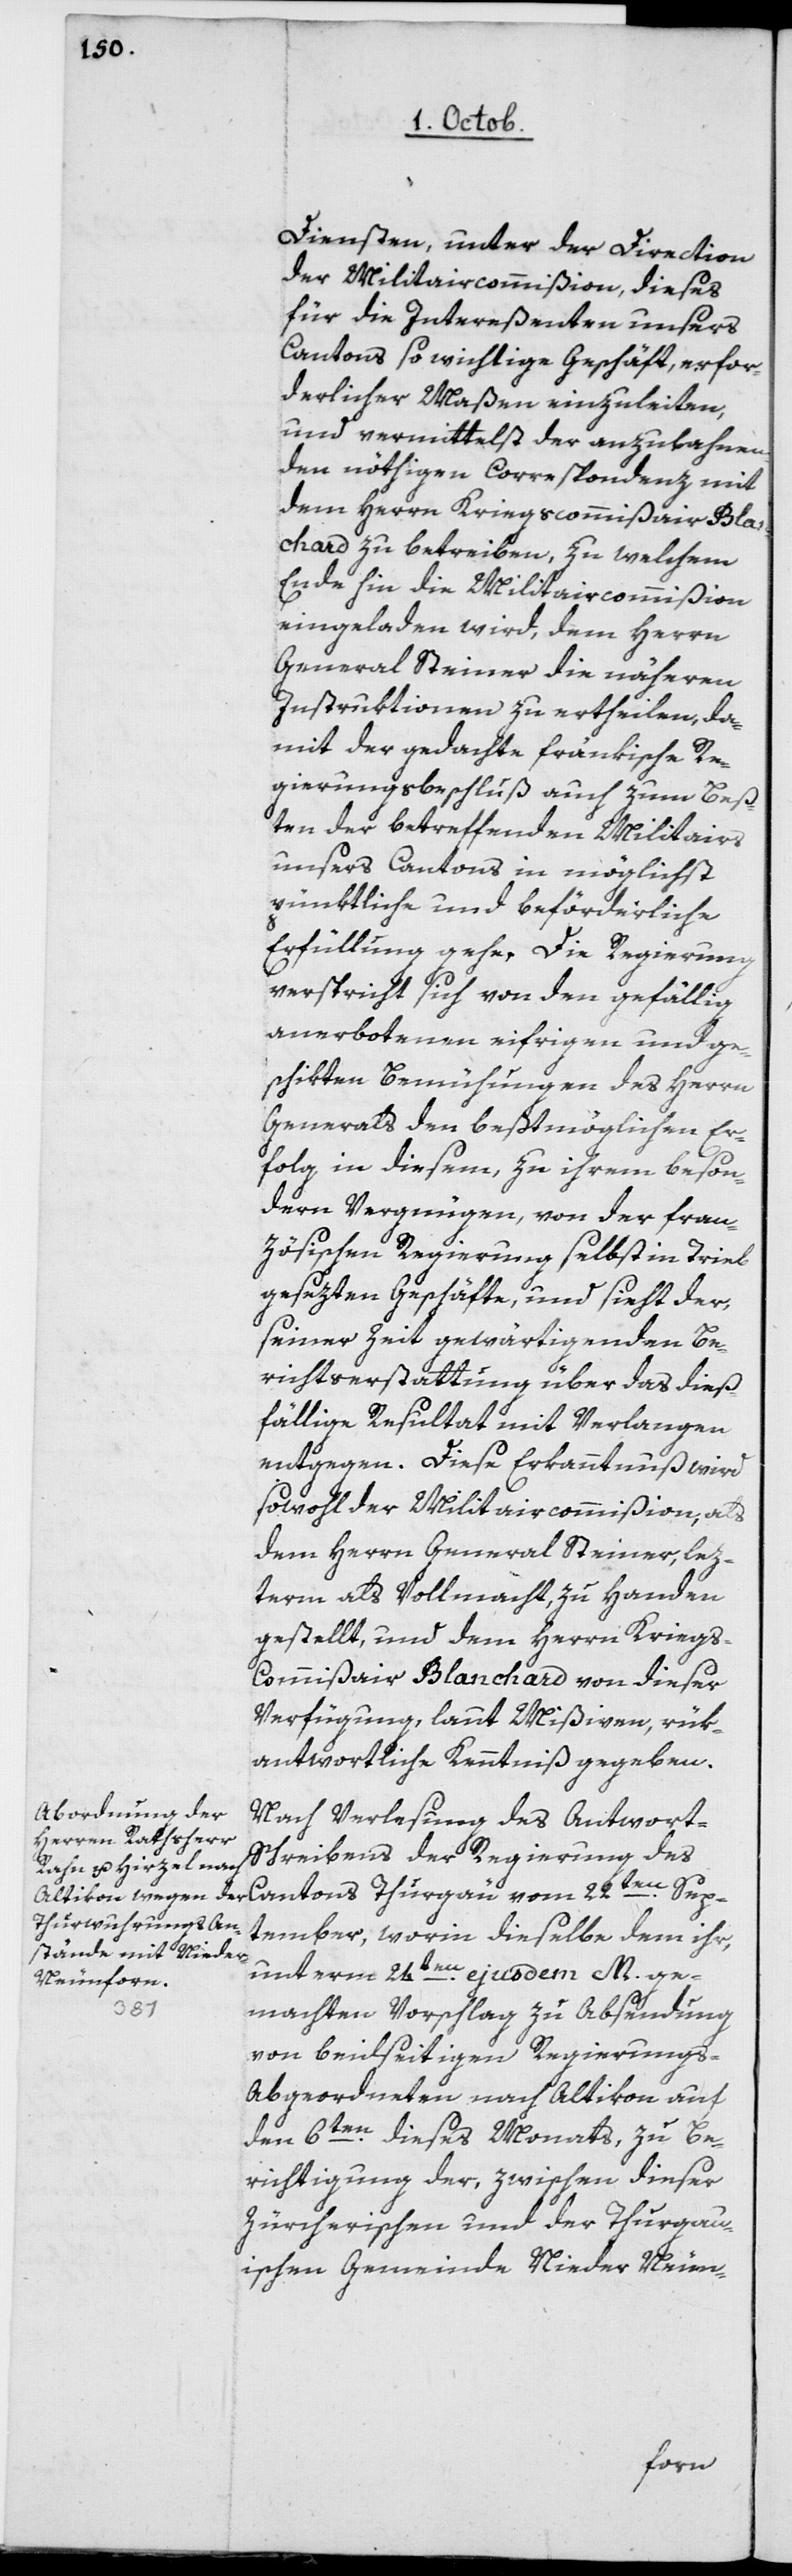
Diensten, unter der Direction
der Militaircommißion, dieses
für die Intereßenten unsers
Cantons so wichtige Geschäft, erfor¬
derlicher Maßen einzuleiten,
und vermittelst der anzubahnen¬
den nöthigen Correspondenz mit
dem Herrn Kriegscommißair Bla¬
nchard zu betreiben, zu welchem
Ende hin die Militaircommißion
eingeladen wird, dem Herrn
General Steiner die näheren
Instruktionen zu ertheilen, da¬
mit der gedachte fränkische Re¬
gierungsbeschluß auch zum beß¬
ten der betreffenden Militairs
unsers Cantons in möglichst
pünktliche und beförderliche
Erfüllung gehe. Die Regierung
verspricht sich von den gefällig
anerbotenen eifrigen und ge¬
schikten Bemühungen des Herrn
Generals den beßtmöglichen Er¬
folg in diesem, zu ihrem beson¬
dern Vergnügen, von der fran¬
zösischen Regierung selbst in Trieb
gesezten Geschäfte, und sieht der,
seiner Zeit gewärtigenden Be¬
richterstattung über das dieß¬
fällige Resultat mit Verlangen
entgegen. Diese Erkanntnuß wird
sowohl der Militaircommißion als
dem Herrn General Steiner, lez¬
term als Vollmacht, zu Handen
gestellt, und dem Herrn Krieg¬
s-Commißair Blanchard von dieser
Verfügung, laut Mißiven, rük¬
antwortliche Kenntniß gegeben.
Nach Verlesung des Antwort-S¬
chreibens der Regierung des
September, worin dieselbe dem ihr,
unterm 24ten ejusdem M. ge¬
machten Vorschlag zu Absendung
von beidseitigen Regierungs-A¬
bgeordneten nach Altikon auf
den 6ten dieses Monats, zu Be¬
richtigung der, zwischen dieser
Zürcherischen und der Thurgau¬
ischen Gemeinde Nieder Neun-